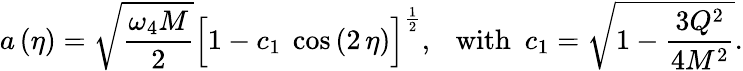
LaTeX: a\left(\eta\right)=\sqrt{\frac{\omega_{4}M}{2}}\Big[1-c_{1}~\cos\left(2\, \eta\right)\Big]^{\frac{1}{2}},~~~\mathrm{with}~~c_{1}=\sqrt{1-{\frac{3Q^{2}}{4M^{2}}}}.